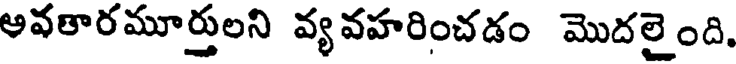
అవతారమూర్తులని వ్య వహరించడం మొదలైంది.